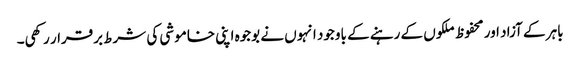
باہر کے آزاد اور محفوظ ملکوں کے رہنے کے باوجود انہوں نے بوجوہ اپنی خاموشی کی شرط برقرار رکھی۔